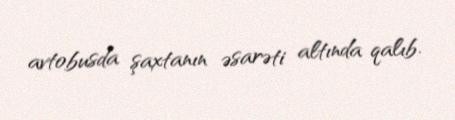
avtobusda şaxtanın əsarəti altında qalıb.